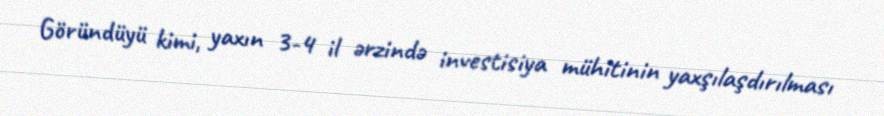
Göründüyü kimi, yaxın 3-4 il ərzində investisiya mühitinin yaxşılaşdırılması